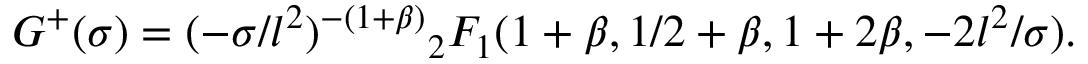
G ^ { + } ( \sigma ) = ( - \sigma / l ^ { 2 } ) ^ { - ( 1 + \beta ) } { } _ { 2 } F _ { 1 } ( 1 + \beta , 1 / 2 + \beta , 1 + 2 \beta , - 2 l ^ { 2 } / \sigma ) .